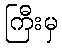
ကြီးမှ